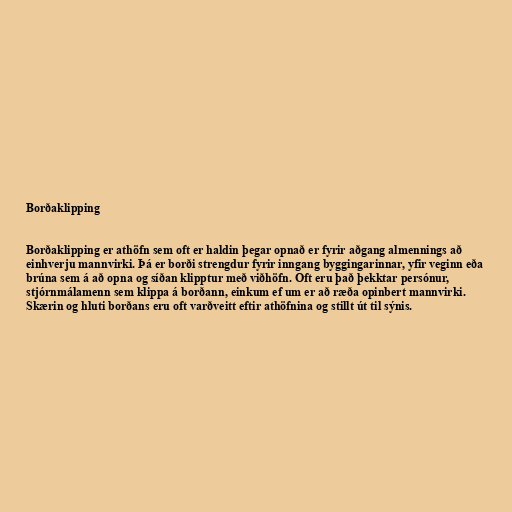
Borðaklipping

Borðaklipping er athöfn sem oft er haldin þegar opnað er fyrir aðgang almennings að
einhverju mannvirki. Þá er borði strengdur fyrir inngang byggingarinnar, yfir veginn eða
brúna sem á að opna og síðan klipptur með viðhöfn. Oft eru það þekktar persónur,
stjórnmálamenn sem klippa á borðann, einkum ef um er að ræða opinbert mannvirki.
Skærin og hluti borðans eru oft varðveitt eftir athöfnina og stillt út til sýnis.